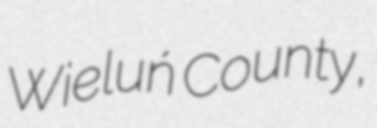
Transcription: Wieluń County,